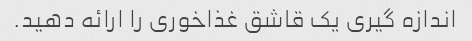
اندازه گیری یک قاشق غذاخوری را ارائه دهید.